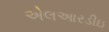
એલઆરડીઇ